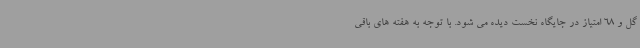
گل و 68 امتیاز در جایگاه نخست دیده می شود. با توجه به هفته های باقی